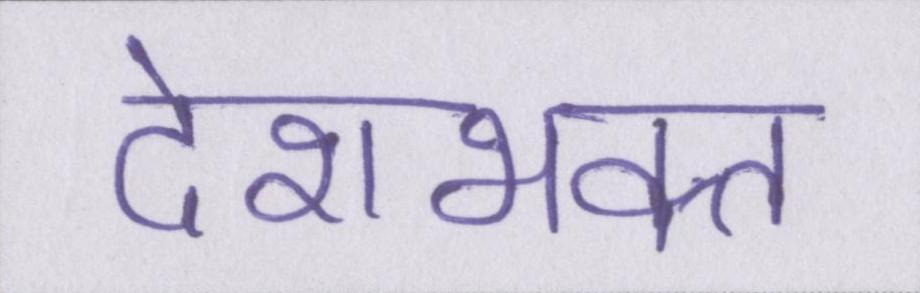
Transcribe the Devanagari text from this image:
देशभक्त